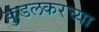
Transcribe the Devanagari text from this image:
कुंडलकरच्या